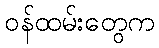
ဝန်ထမ်းတွေက